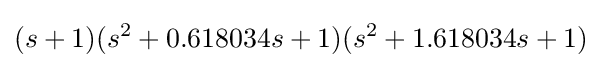
(s+1)(s^{2}+0.618034s+1)(s^{2}+1.618034s+1)